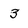
Character: 3